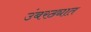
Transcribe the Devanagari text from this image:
उंबरठ्यात